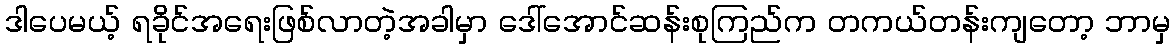
ဒါပေမယ့် ရခိုင်အရေးဖြစ်လာတဲ့အခါမှာ ဒေါ်အောင်ဆန်းစုကြည်က တကယ်တန်းကျတော့ ဘာမှ